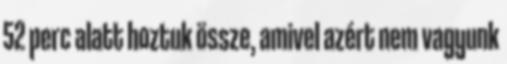
52 perc alatt hoztuk össze, amivel azért nem vagyunk